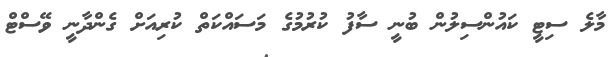
މާލެ ސިޓީ ކައުންސިލުން ބުނީ ސާފު ކުރުމުގެ މަސައްކަތް ކުރިއަށް ގެންދާނީ ވޭސްޓް